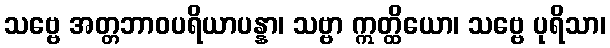
သဗ္ဗေ အတ္တဘာဝပရိယာပန္နာ၊ သဗ္ဗာ ဣတ္ထိယော၊ သဗ္ဗေ ပုရိသာ၊